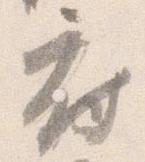
府